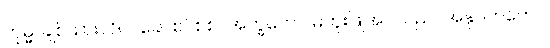
ကုမ္မ၊ ချစ်သားလိပ်။ ခေါ၊ စင်စစ်။ အက္ခတော၊ မတူးဖြိုအပ်သည်။ အနုပဟတော၊